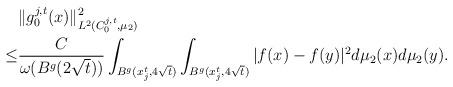
LaTeX: \begin{align*} &\|g_0^{j,t}(x)\|^2_{L^2(C^{j,t}_0, \mu_2)}\\\leq& \frac{C}{\omega(B^g(2\sqrt{t}))}\int_{B^g(x^t_j, 4\sqrt{t})}\int_{B^g(x^t_j, 4\sqrt{t})}|f(x)-f(y)|^2 d\mu_2(x)d\mu_2(y).\\ \end{align*}